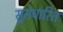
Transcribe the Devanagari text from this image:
सुसंचारित